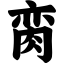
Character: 脔